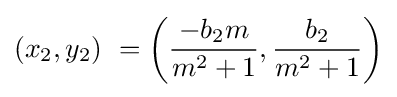
\left(x_{2},y_{2}\right)\ =\left({\frac {-b_{2}m}{m^{2}+1}},{\frac {b_{2}}{m^{2}+1}}\right)